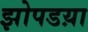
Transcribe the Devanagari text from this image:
झोपडय़ा